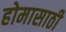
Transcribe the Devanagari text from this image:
होमासाठी